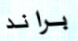
براند